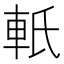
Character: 軝